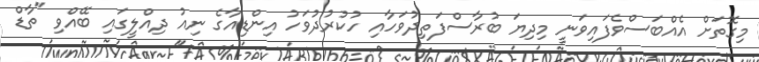
މިގޮތަށް އެއްބަސްވެފައިވަނީ މިދިޔަ ބުރާސްފަތިދުވަހާއި ހުކުރުދުވަހު އިންޑިއާގެ ނިއު ދިއްލީގައި ބޭއްވި "ތާޑް